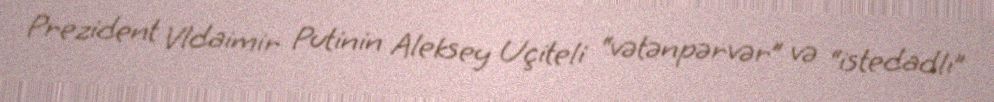
Prezident Vldaimir Putinin Aleksey Uçiteli “vətənpərvər” və “istedadlı”